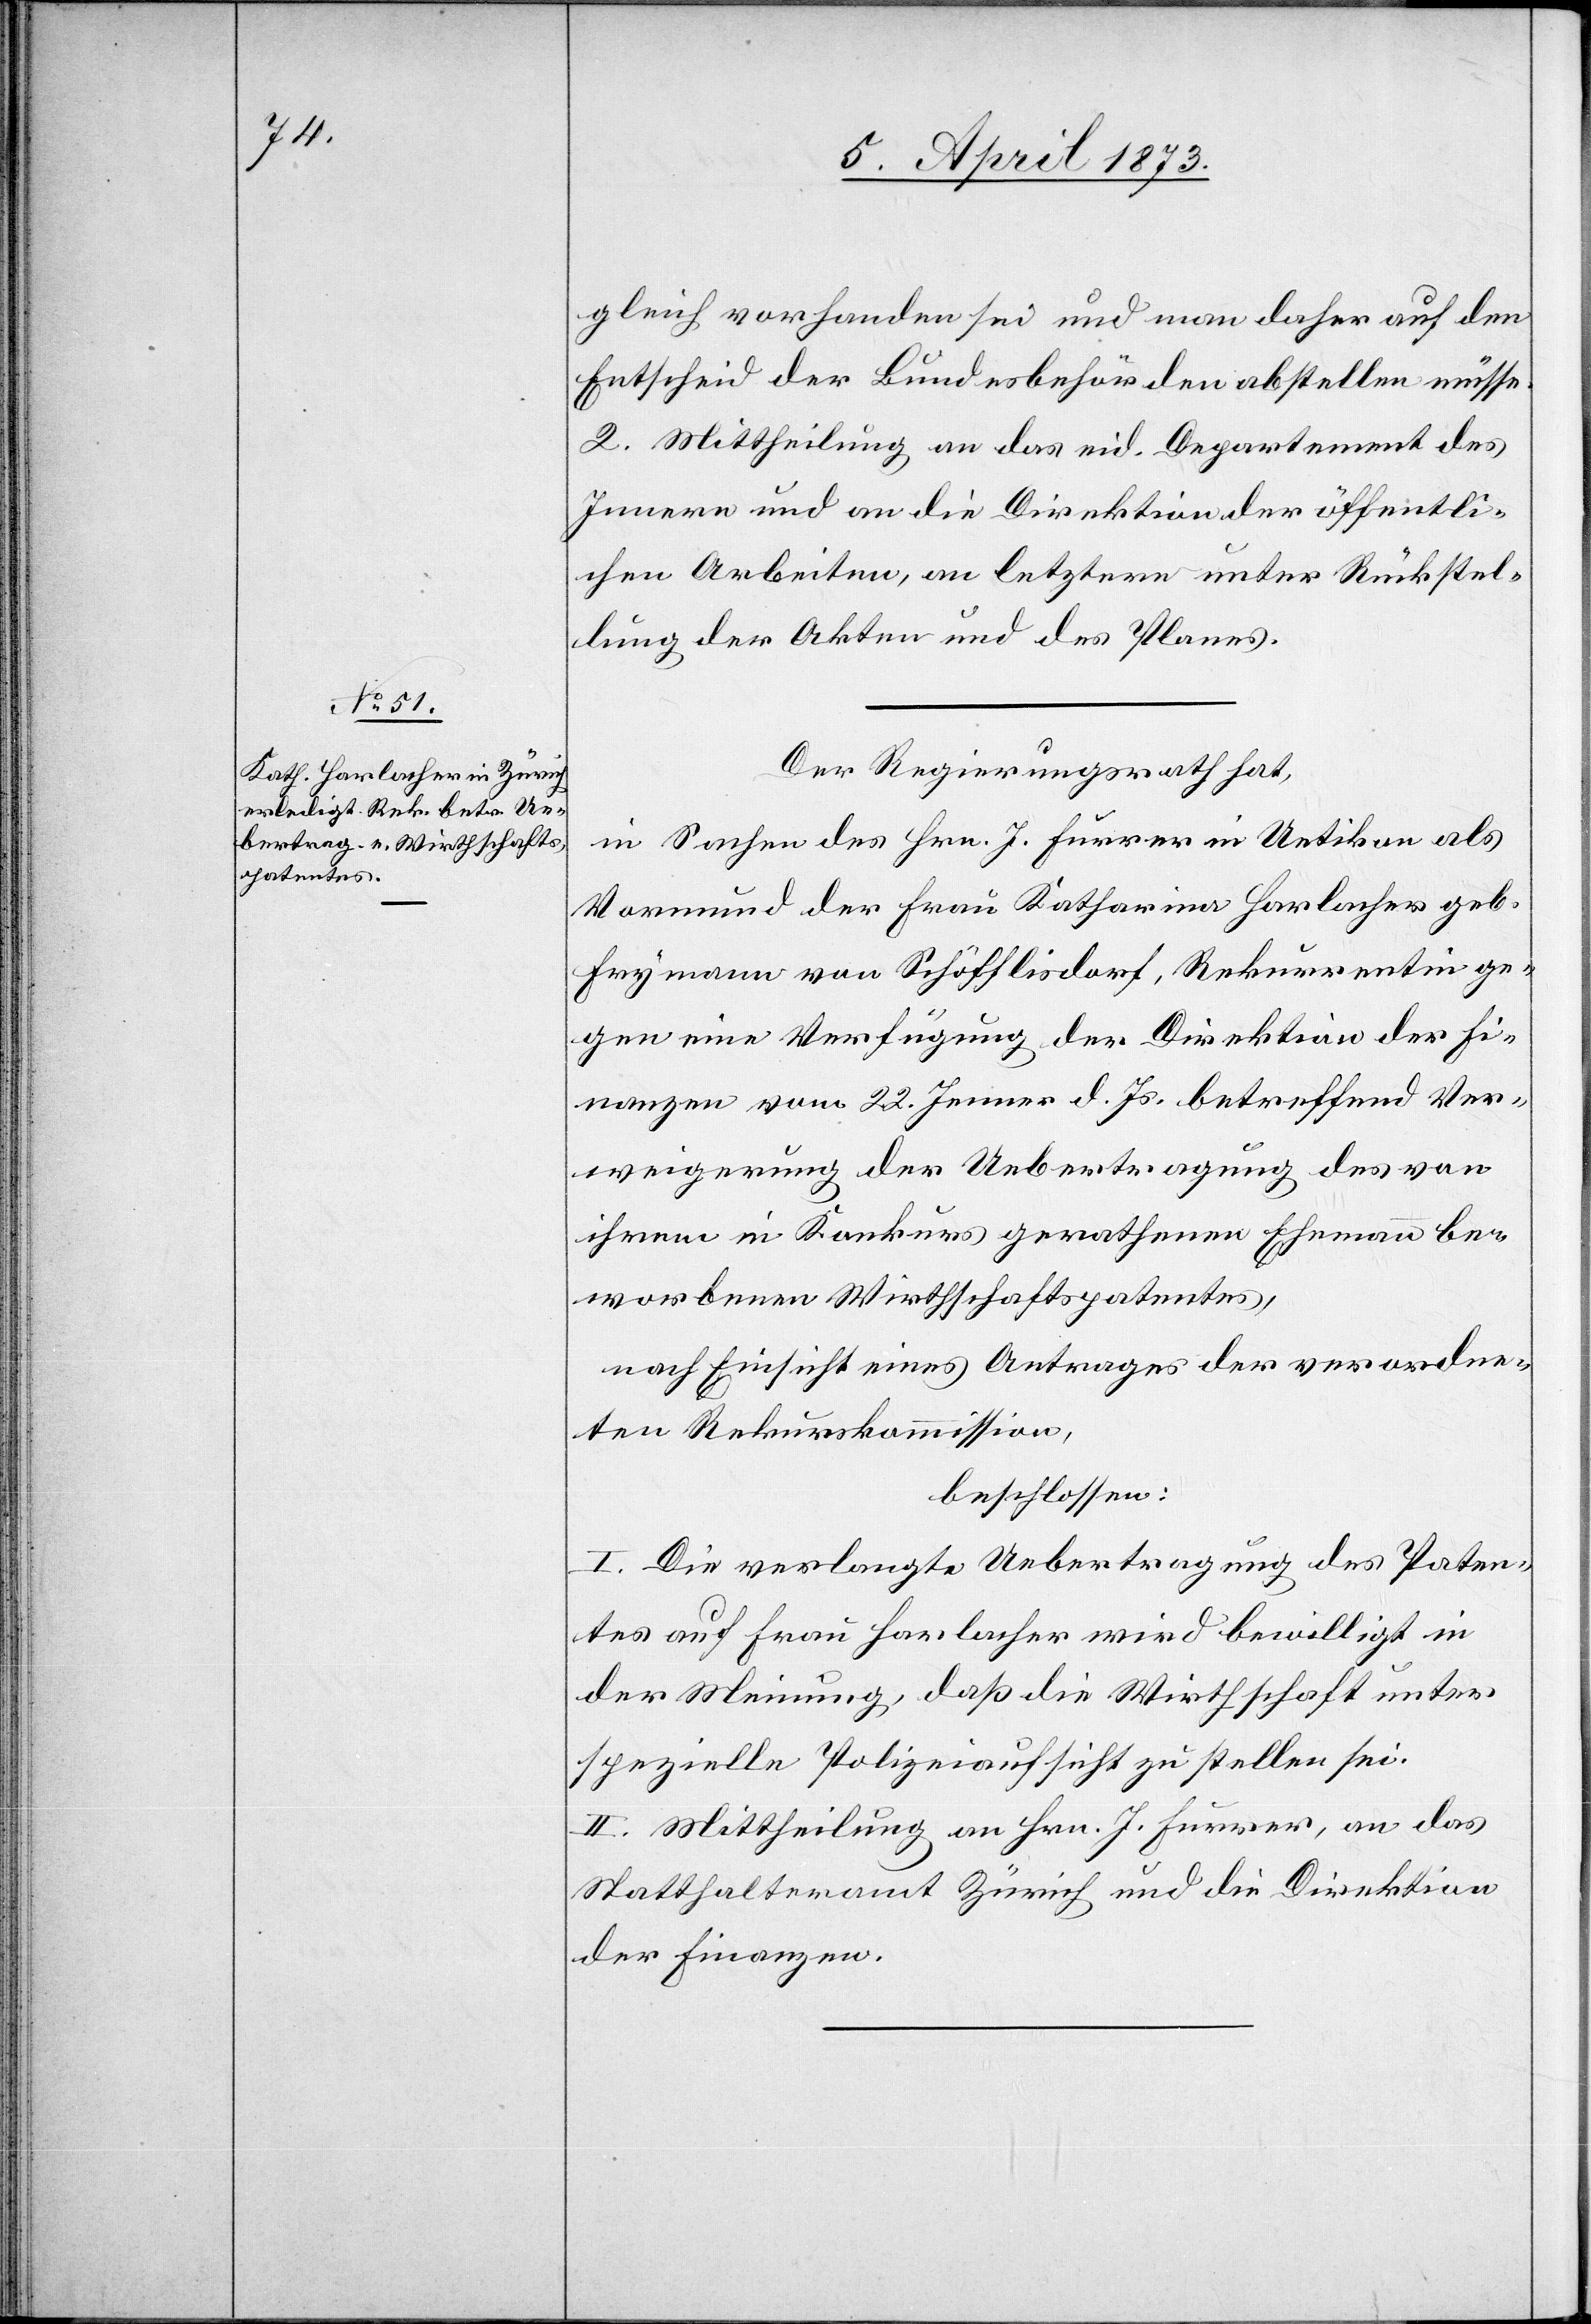
gleich vorhanden sei und man daher auf den
Entscheid der Bundesbehörden abstellen müsse.
2. Mittheilung an das eid. Departement des
Innern und an die Direktion der öffentli¬
chen Arbeiten, an letztere unter Rückstel¬
lung der Akten und des Planes.
Der Regierungsrath hat,
in Sachen des Hrn. J. Furrer in Uetikon als
Vormund der Frau Katharina Harlacher geb.
Frymann von Schöfflisdorf, Rekurrentin ge¬
gen eine Verfügung der Direktion der Fi¬
nanzen vom 22. Jenner d. Js. betreffend Ver¬
weigerung der Uebertragung des von
ihrem in Konkurs gerathenen Ehemann be¬
worbenen Wirthschaftspatentes,
nach Einsicht eines Antrages der verordne¬
ten Rekurskommission,
beschlossen:
I. Die verlangte Uebertragung des Paten¬
tes auf Frau Harlacher wird bewilligt in
der Meinung, daß die Wirthschaft unter
spezielle Polizeiaufsicht zu stellen sei.
II. Mittheilung an Hrn. J. Furrer, an das
Statthalteramt Zürich und die Direktion
der Finanzen.